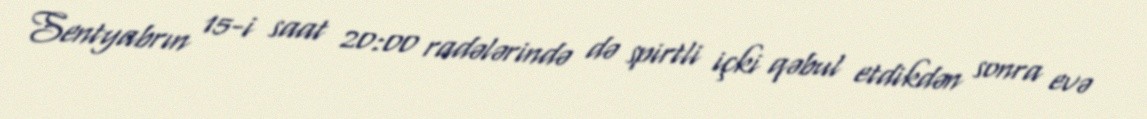
Sentyabrın 15-i saat 20:00 radələrində də spirtli içki qəbul etdikdən sonra evə